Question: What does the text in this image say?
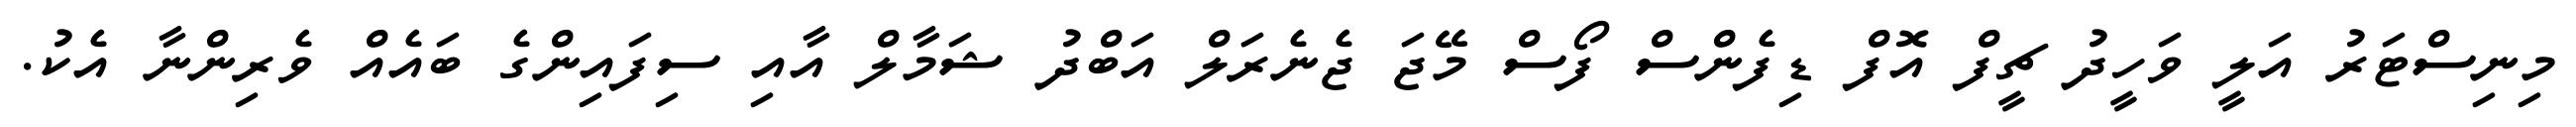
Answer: މިނިސްޓަރު އަލީ ވަހީދު ޗީފް އޮފް ޑިފެންސް ފޯސް މޭޖަ ޖެނެރަލް އަބްދު ޝަމާލް އާއި ސިފައިންގެ ބައެއް ވެރިންނާ އެކު.